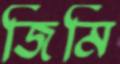
জিমি